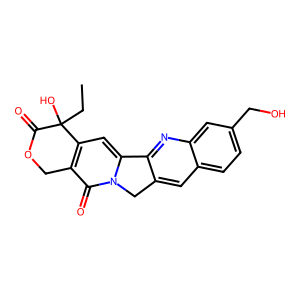
SMILES: CCC1(O)C(=O)OCc2c1cc1n(c2=O)Cc2cc3ccc(CO)cc3nc2-1
Inhibits HIV replication: No